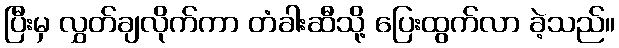
ပြီးမှ လွှတ်ချလိုက်ကာ တံခါးဆီသို့ ပြေးထွက်လာ ခဲ့သည်။